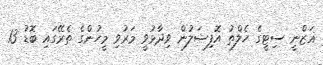
ޣަޒްނީ ސިޓީގެ ހެލްތު އޮފިޝަލުން ވިދާޅުވީ މަރުވި މީހުންގެ ތެރޭގައި ބޮޑު 13